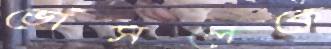
ভোঁসলেকে